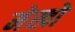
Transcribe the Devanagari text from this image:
मेखो